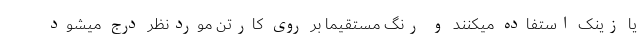
یا زینک استفاده میکنند و رنگ مستقیما بر روی کارتن موردنظر درج میشود